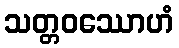
သတ္တဝဿောဟံ